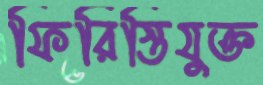
ফিরিস্তিযুক্ত